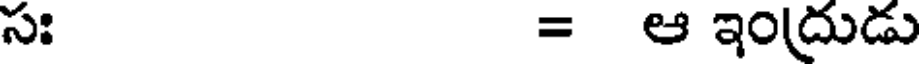
సః = ఆ ఇంద్రుడు